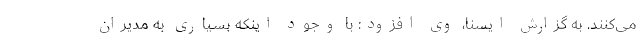
می‌کنند. به گزارش ایسنا، وی افزود: با وجود اینکه بسیاری به مدیران